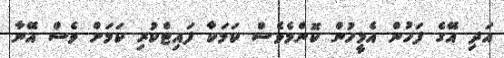
އަދި އޭގެ ފަހުން އެމީހުން ކޮންމެވެސް ކަމަކާ ފައިޓްކުރި ކަމަށް ވެސް އޭނާ